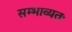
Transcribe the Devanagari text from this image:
सम्भाव्यतः